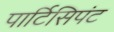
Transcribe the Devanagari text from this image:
पार्टिसिपंट